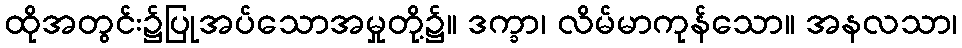
ထိုအတွင်း၌ပြုအပ်သောအမှုတို့၌။ ဒက္ခာ၊ လိမ်မာကုန်သော။ အနလသာ၊